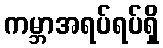
ကမ္ဘာအရပ်ရပ်ရှိ